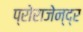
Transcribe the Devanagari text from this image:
प्रोराजेन्द्र